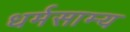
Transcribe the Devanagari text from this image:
धर्मसाम्य